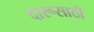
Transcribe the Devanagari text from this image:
दारूसाठी